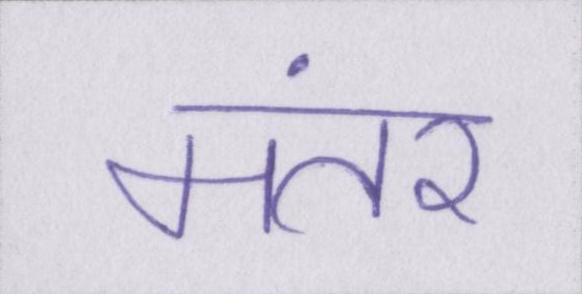
मंतर